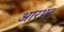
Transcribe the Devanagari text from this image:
आरथर्